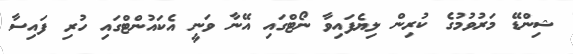
ޝިންޑޭ މަރުވުމުގެ ކުރިން ލިޔެފައިވާ ނޯޓްގައި އޭނާ ވަނީ އެކައުންޓްގައި ހުރި ފައިސާ